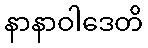
နာနာဝါဒေတိ